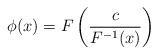
LaTeX: \begin{align*}\phi(x)=F\left(\frac{c}{F^{-1}(x)}\right)\end{align*}